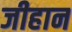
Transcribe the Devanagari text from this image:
जीहान